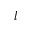
l